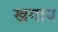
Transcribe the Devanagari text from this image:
खगाय